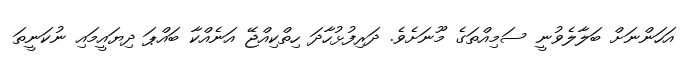
އަހަންނަށް ބަލާލެވުނީ ސަމިއްތަގެ މޫނަށެވެ. ދަރިފުޅުހާދަ ހިތްކިއްޖޭ އަނެއްކާ ބައްޕަ ދިޔައީމައި ނުކަނީތަ